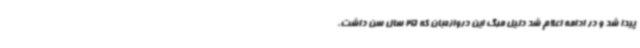
پیدا شد و در ادامه اعلام شد دلیل مرگ این دروازه‌بان که 25 سال سن داشت،